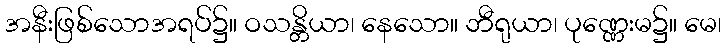
အနီးဖြစ်သောအရပ်၌။ ဝသန္တိယာ၊ နေသော။ ဘီရုယာ၊ ပုဏ္ဏေးမ၌။ မေ၊